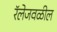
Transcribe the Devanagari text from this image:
रॅलेजवळील